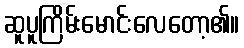
ဆူပူကြိမ်းမောင်းလေတော့၏။